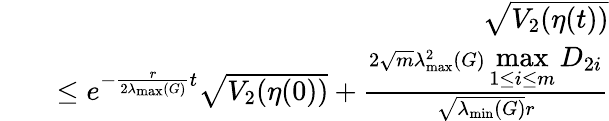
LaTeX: \begin{array}{rlr}&{}&{\sqrt{V_{2}(\eta(t))}}\\ &{}&{\leq e^{-\frac{r}{2\lambda_{\operatorname*{max}}(G)}t}\sqrt{V_{2}(\eta(0))}+\frac{2\sqrt{m}\lambda_{\operatorname*{max}}^{2}(G)\displaystyle\operatorname*{max}_{1\leq i\leq m}D_{2i}}{\sqrt{\lambda_{\operatorname*{min}}(G)}r}}\end{array}